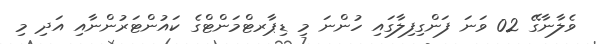
ވެލާނާގޭ 02 ވަނަ ފަންގިފިލާގައި ހުންނަ މި ޑިޕާރޓްމަންޓްގެ ކައުންޓަރުންނާއި އަދި މި